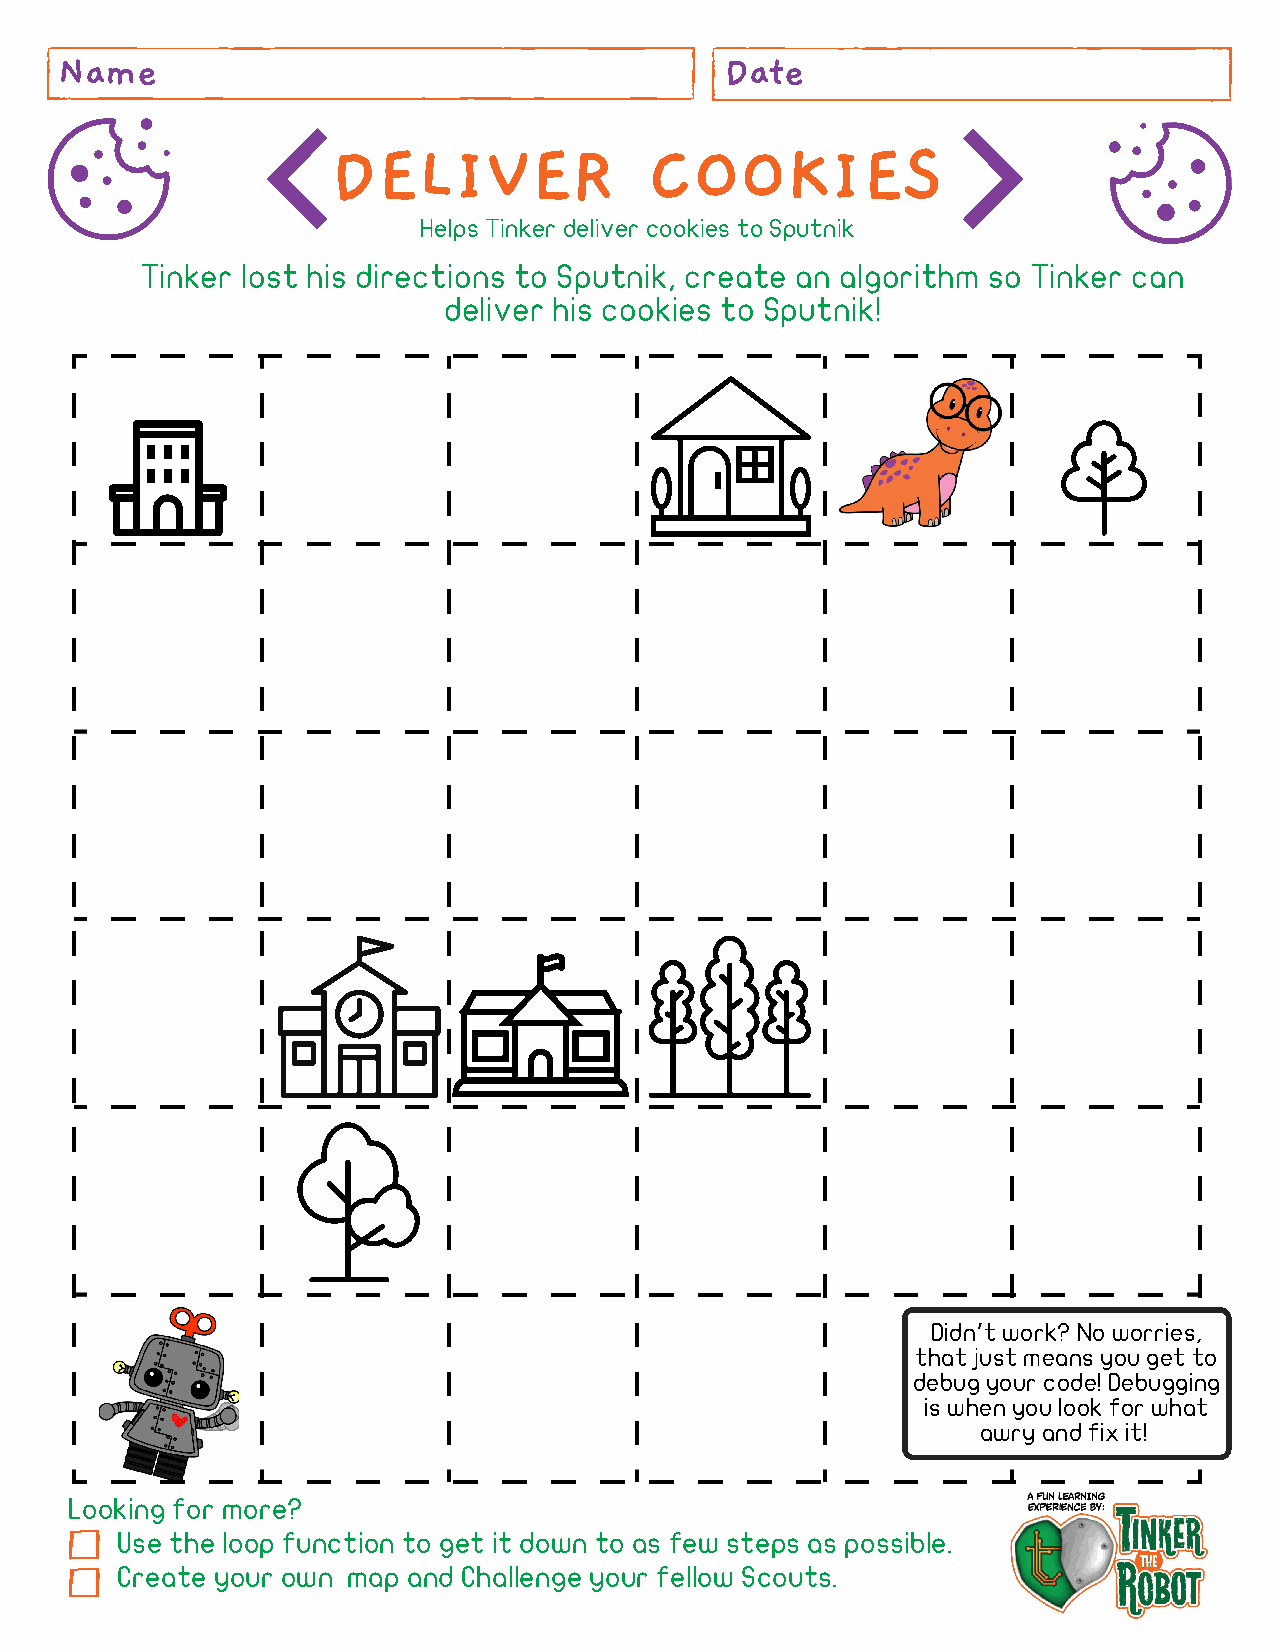
Name                                        Date
 DELIVER              COOKIES
 Helps Tinker deliver cookies to Sputnik
 Tinker lost his directions to Sputnik, create an algorithm so Tinker can
 deliver his cookies to Sputnik!
 Didn’t work? No worries,
 that just means you get to
 debug your code! Debugging
 is when you look for what
 awry and fix it!
 Looking for more?
 Use the loop function to get it down to as few steps as possible.
 Create your own map and Challenge your fellow Scouts.